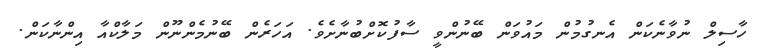
ހާސިލް ނުވާނެކަން އެނގުމުން މައުވަން ބޭނުންވީ ސާފުކޮށްބުނާށެވެ. އަހަރެން ބޭނުމެންނޫން މަލާކްއާ އިންނާކަން.